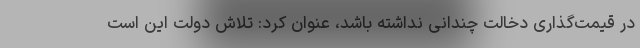
در قیمت‌گذاری دخالت چندانی نداشته باشد، عنوان کرد: تلاش دولت این است